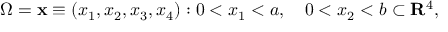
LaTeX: \Omega = { { \bf x } \equiv ( x _ { 1 } , x _ { 2 } , x _ { 3 } , x _ { 4 } ) : 0 < x _ { 1 } < a , \quad 0 < x _ { 2 } < b } \subset { \bf R } ^ { 4 } ,